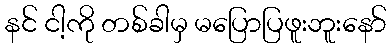
နင် ငါ့ကို တစ်ခါမှ မပြောပြဖူးဘူးနော်